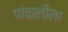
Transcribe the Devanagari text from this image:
पांचालीला